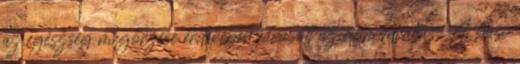
az egészség megőrzése érdekében javasolt az életmódváltás. A hasi